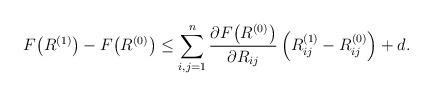
LaTeX: \begin{align*} F\big (R^{(1)}\big ) - F\big ( R^{(0)}\big ) \leq \sum _{i,j=1}^n\frac {\partial F \big ( R^{(0)}\big )}{\partial R_{ij}} \left ( R^{(1)}_{ij} - R^{(0)}_{ij}\right ) + d.\end{align*}